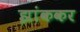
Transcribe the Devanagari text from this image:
झांककर